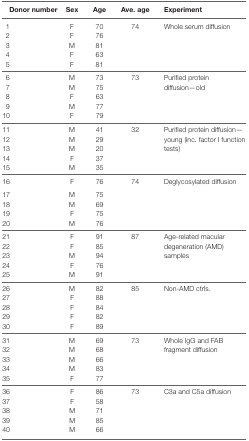
| Donor number | Sex | Age | Ave. age | Experiment |
 | --- | --- | --- | --- | --- |
 | 1 | F | 70 | <ROWSPAN=5> 74 | <ROWSPAN=5> Whole serum diffusion |
 | 2 | F | 76 |
 | 3 | M | 81 |
 | 4 | F | 63 |
 | 5 | F | 81 |
 | 6 | M | 73 | <ROWSPAN=5> 73 | <ROWSPAN=5> Purified protein diffusion—old |
 | 7 | M | 75 |
 | 8 | F | 63 |
 | 9 | M | 77 |
 | 10 | F | 79 |
 | 11 | M | 41 | <ROWSPAN=5> 32 | <ROWSPAN=5> Purified protein diffusion—young (inc. factor I function tests) |
 | 12 | M | 29 |
 | 13 | M | 20 |
 | 14 | F | 37 |
 | 15 | M | 35 |
 | 16 | F | 76 | <ROWSPAN=5> 74 | <ROWSPAN=5> Deglycosylated diffusion |
 | 17 | M | 75 |
 | 18 | M | 69 |
 | 19 | F | 75 |
 | 20 | M | 76 |
 | 21 | F | 91 | <ROWSPAN=5> 87 | <ROWSPAN=5> Age-related macular degeneration (AMD) samples |
 | 22 | F | 85 |
 | 23 | M | 94 |
 | 24 | F | 76 |
 | 25 | M | 91 |
 | 26 | M | 82 | <ROWSPAN=5> 85 | <ROWSPAN=5> Non-AMD ctrls. |
 | 27 | F | 88 |
 | 28 | F | 84 |
 | 29 | F | 82 |
 | 30 | F | 89 |
 | 31 | M | 69 | <ROWSPAN=5> 73 | <ROWSPAN=5> Whole IgG and FAB fragment diffusion |
 | 32 | M | 68 |
 | 33 | M | 66 |
 | 34 | M | 83 |
 | 35 | F | 77 |
 | 36 | F | 86 | <ROWSPAN=5> 73 | <ROWSPAN=5> C3a and C5a diffusion |
 | 37 | F | 58 |
 | 38 | M | 71 |
 | 39 | M | 85 |
 | 40 | M | 66 |